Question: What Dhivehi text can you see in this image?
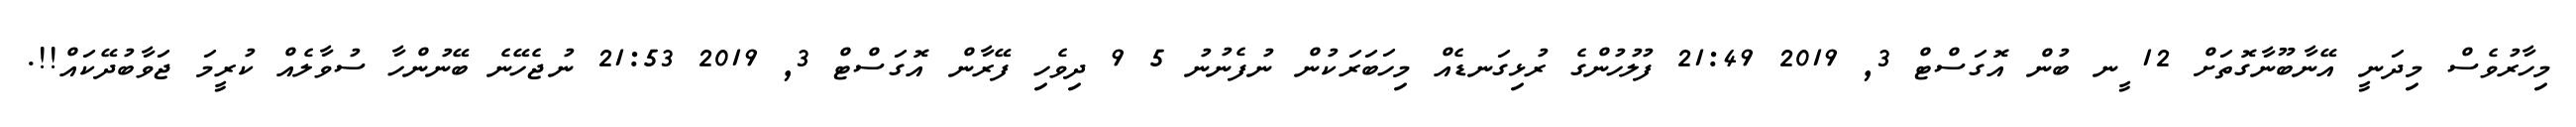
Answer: މިހާރުވެސް މިދަނީ އޭނާބޫނާގޮތަށް 12 ީނ ބުން އޮގަސްޓް 3, 2019 21:49 ފުލުހުންގެ ރުޅިގަނޑެއް މިހަބަރަކުން ނުފެނުނު 5 9 ދިވެހި ފޭރާން އޮގަސްޓް 3, 2019 21:53 ނުޖެހޭނެ ބޭނުންހާ ސުވާލެއް ކުރީމަ ޖަވާބުދޭކައް!!.